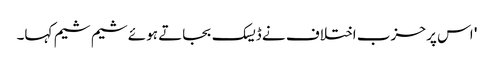
' اس پر حزب اختلاف نے ڈیسک بجاتے ہوئے شیم شیم کہا۔